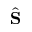
\hat { \bf S }